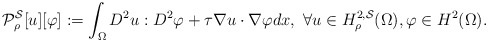
\begin{align*}\mathcal P^{\mathcal S}_\rho[u][\varphi]:=\int_\Omega D^2u:D^2\varphi+\tau \nabla u\cdot\nabla\varphi dx,\ \forall u\in {{H}}^{2,\mathcal S}_\rho(\Omega),\varphi\in {H}^2(\Omega).\end{align*}